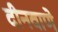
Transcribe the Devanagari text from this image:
दीनवाणे